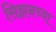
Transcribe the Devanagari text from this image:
सिझनच्या